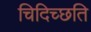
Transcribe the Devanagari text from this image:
चिदिच्छति